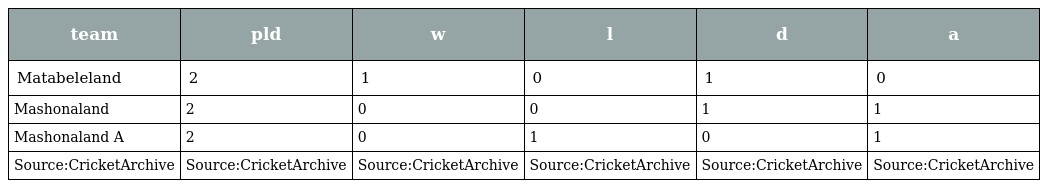
| team | pld | w | l | d | a |
 | --- | --- | --- | --- | --- | --- |
 | Matabeleland | 2 | 1 | 0 | 1 | 0 |
 | Mashonaland | 2 | 0 | 0 | 1 | 1 |
 | Mashonaland A | 2 | 0 | 1 | 0 | 1 |
 | Source:CricketArchive | Source:CricketArchive | Source:CricketArchive | Source:CricketArchive | Source:CricketArchive | Source:CricketArchive |